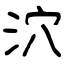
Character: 泬